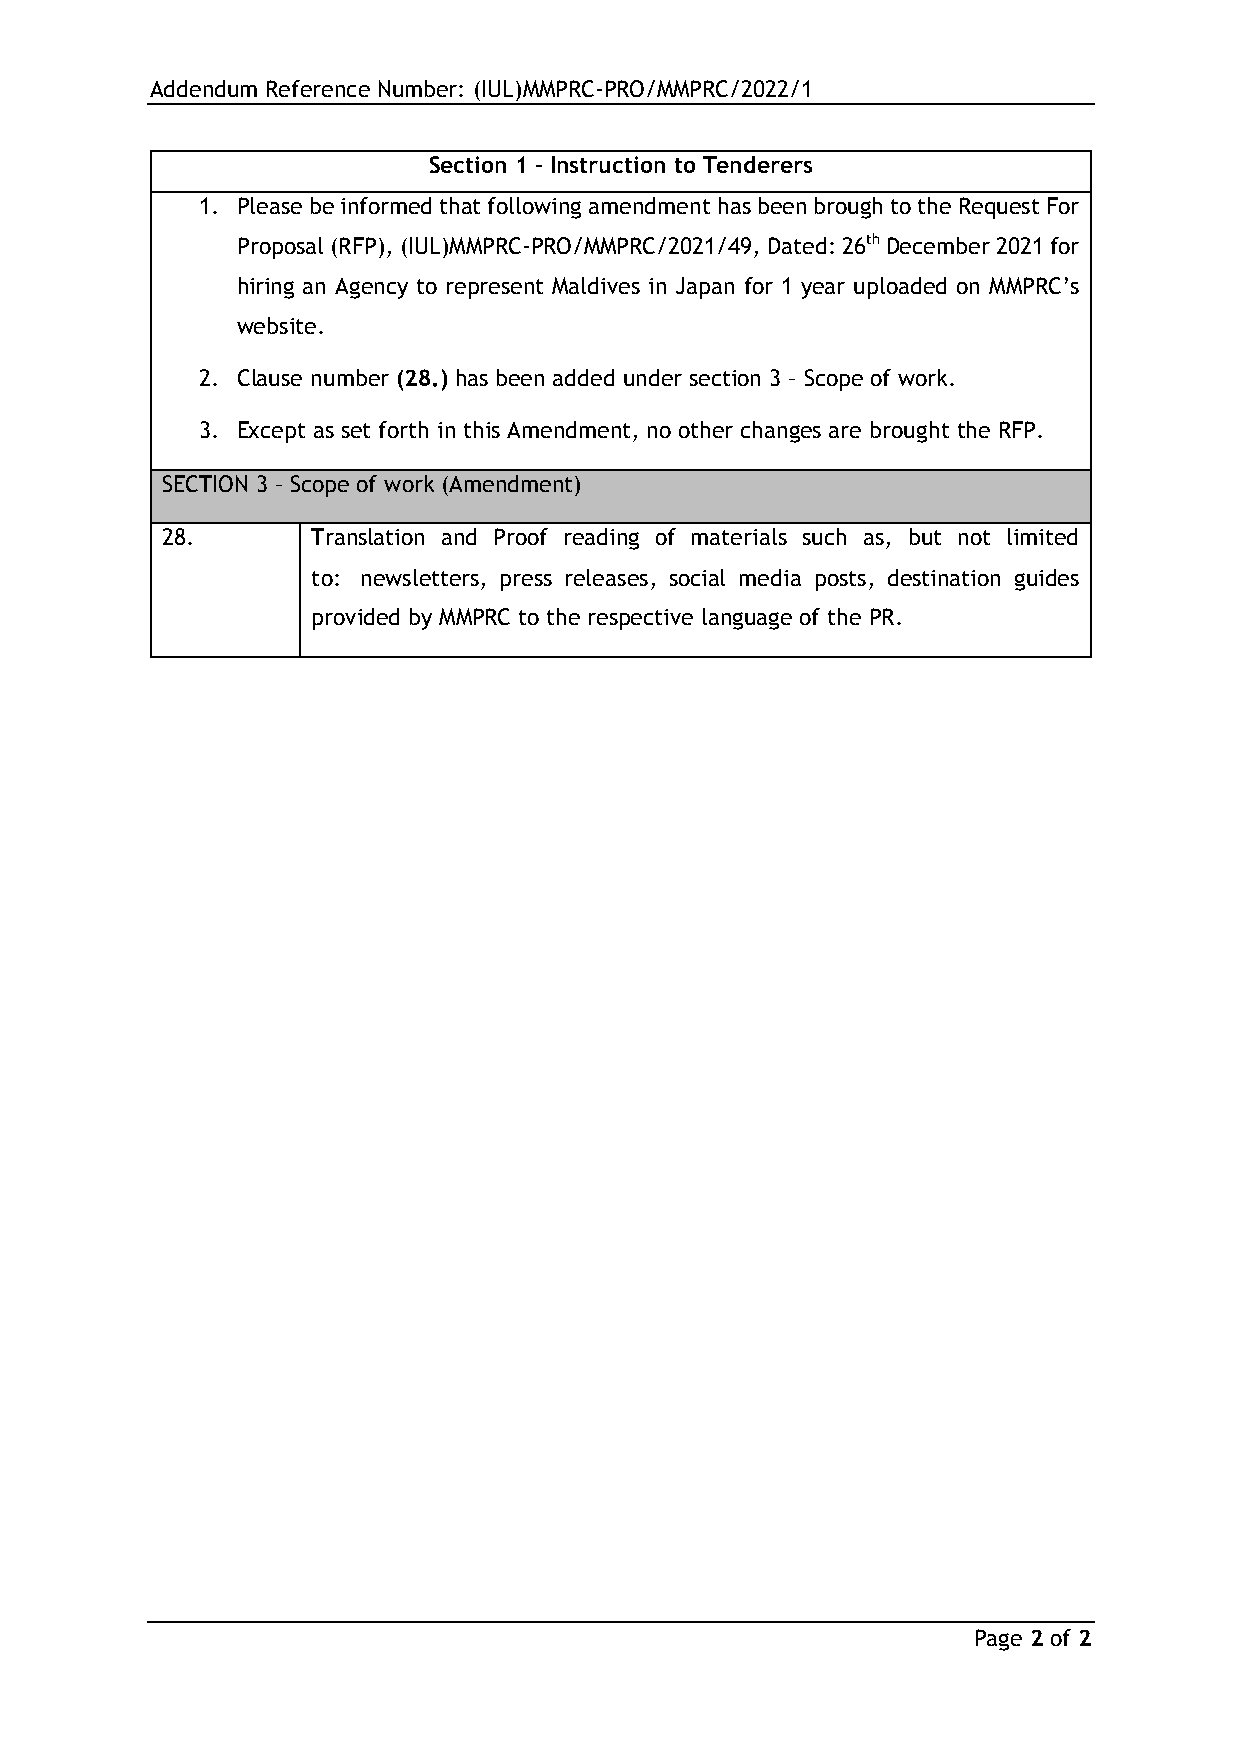
Addendum Reference Number: (IUL)MMPRC-PRO/MMPRC/2022/1
 Section 1 – Instruction to Tenderers
 1. Please be informed that following amendment has been brough to the Request For
 Proposal (RFP), (IUL)MMPRC-PRO/MMPRC/2021/49, Dated: 26th December 2021 for
 hiring an Agency to represent Maldives in Japan for 1 year uploaded on MMPRC’s
 website.
 2. Clause number (28.) has been added under section 3 – Scope of work.
 3. Except as set forth in this Amendment, no other changes are brought the RFP.
 SECTION 3 – Scope of work (Amendment)
 28.       Translation and Proof reading of materials such as, but not limited
 to: newsletters, press releases, social media posts, destination guides
 provided by MMPRC to the respective language of the PR.
 Page 2 of 2